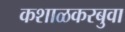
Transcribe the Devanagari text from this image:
कशाळकरबुवा